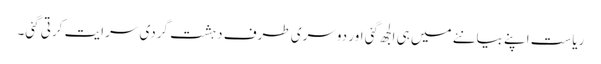
ریاست اپنے بیانئے میں ہی الجھ گئی اور دوسری طرف دہشت گردی سرایت کرتی گئی۔